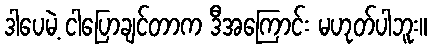
ဒါပေမဲ့ ငါပြောချင်တာက ဒီအကြောင်း မဟုတ်ပါဘူး။